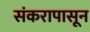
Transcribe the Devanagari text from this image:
संकरापासून